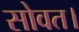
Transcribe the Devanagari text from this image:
सोवत।